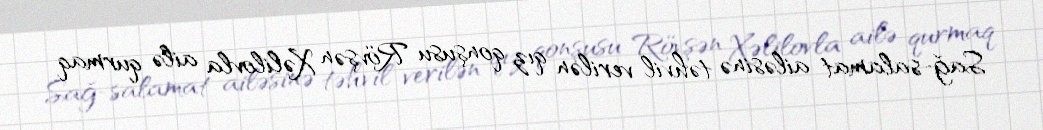
Sağ-salamat ailəsinə təhvil verilən qız qonşusu Rövşən Xəlilovla ailə qurmaq